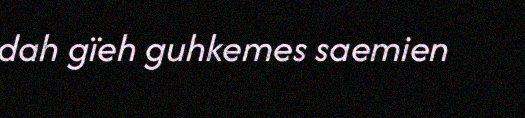
dah gïeh guhkemes saemien